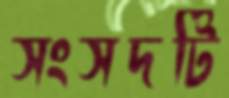
সংসদটি